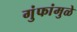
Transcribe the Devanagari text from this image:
गुंफांमुळे